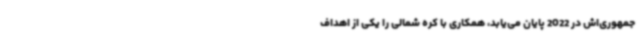
جمهوری‌اش در 2022 پایان می‌یابد، همکاری با کره شمالی را یکی از اهداف